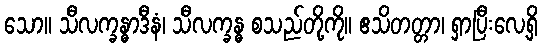
သော။ သီလက္ခန္ဓာဒီနံ၊ သီလက္ခန္ဓ စသည်တို့ကို။ ဧသိတတ္တာ၊ ရှာပြီးလေ့ရှိ